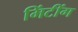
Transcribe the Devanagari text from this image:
मिंटींग